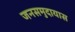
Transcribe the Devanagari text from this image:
जनसमुदायास